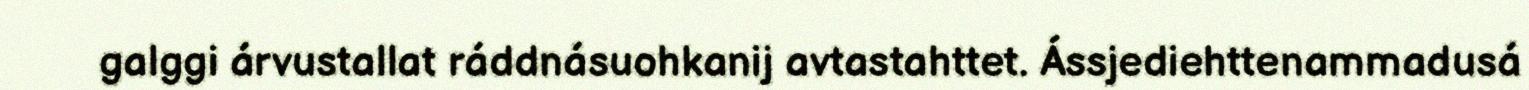
galggi árvustallat ráddnásuohkanij avtastahttet. Ássjediehttenammadusá